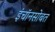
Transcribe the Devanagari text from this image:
इंचॉनसोबत